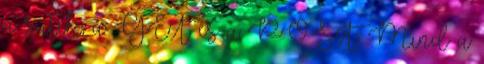
a sütik, a GET és a POST. Mind a